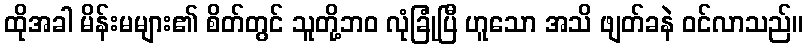
ထိုအခါ မိန်းမများ၏ စိတ်တွင် သူတို့ဘဝ လုံခြုံပြီ ဟူသော အသိ ဖျတ်ခနဲ ဝင်လာသည်။